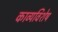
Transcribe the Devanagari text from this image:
काव्यविशेष